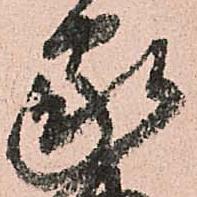
家